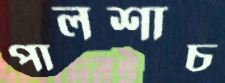
পালশাচ